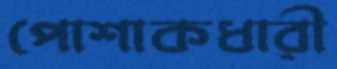
পোশাকধারী